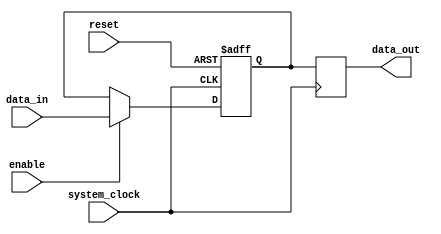
module timing_control_and_sync_block (
    input wire data_in,
    input wire system_clock,
    input wire reset,
    input wire enable,
    output reg data_out
);

reg data_reg;
reg delayed_data;

always @(posedge system_clock or posedge reset) begin
    if (reset) begin
        data_reg <= 1'b0;
    end else if (enable) begin
        data_reg <= data_in;
    end
end

always @(posedge system_clock) begin
    delayed_data <= data_reg;
end

assign data_out = delayed_data;

endmodule